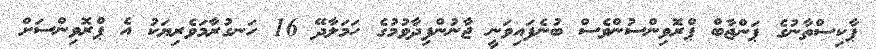
ޕާކިސްތާނުގެ ޕަންޖާބް ޕްރޮވިންސުންވެސް ބުނެފައިވަނީ ޖާނުންފިދާވުމުގެ ހަމަލާދޭ 16 ހަނގުރާމަވެރިޔަކު އެ ޕްރޮވިންސަށް